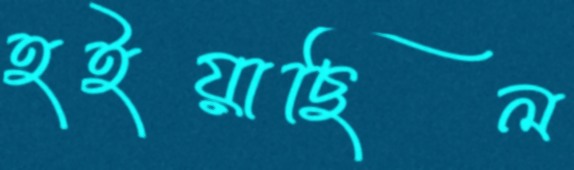
হইয়াছিল